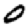
Digit: 0